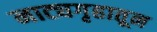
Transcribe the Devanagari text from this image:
नाट्यगृहातून